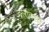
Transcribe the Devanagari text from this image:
द्रारावती